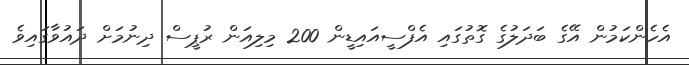
އެހެންކަމުން އޭގެ ބަދަލުގެ ގޮތުގައި އެފްސީއައިޑީން 200 މިލިއަން ރުޕީސް ދިނުމަށް ދައުވާގައިވެ